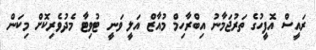
ރައީސް އޮފީހުގެ ތަރުޖަމާނު އިބްރާހިމް މުއާޒް އަލީ ވަނީ ޓުވިޓާ މެދުވެރިކޮށް މިކަން